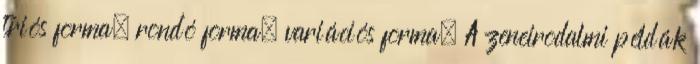
triós forma, rondó forma, variációs forma. A zeneirodalmi példák